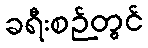
ခရီးစဉ်တွင်